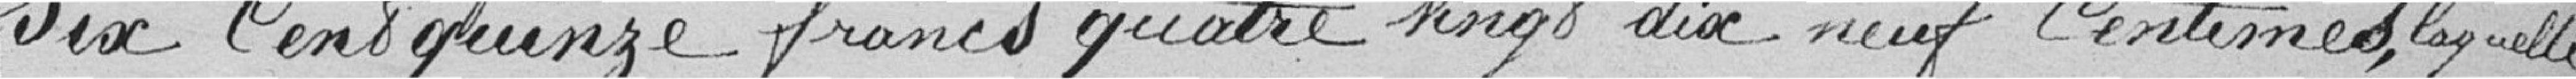
six cent quinze francs quatre vingt dix neuf Centimes, laquelle